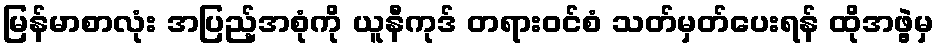
မြန်မာစာလုံး အပြည့်အစုံကို ယူနီကုဒ် တရားဝင်စံ သတ်မှတ်ပေးရန် ထိုအဖွဲ့မှ